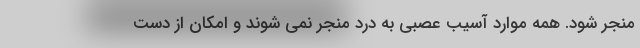
منجر شود. همه موارد آسیب عصبی به درد منجر نمی شوند و امکان از دست